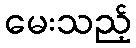
မေးသည့်